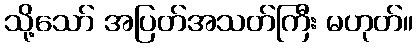
သို့သော် အပြတ်အသတ်ကြီး မဟုတ်။